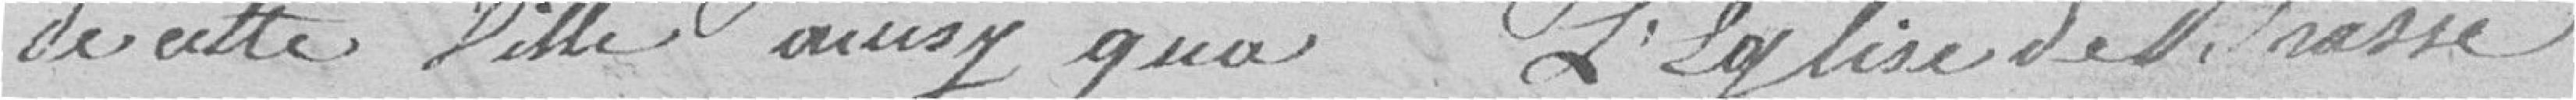
de cette ville ainsi qu'à l'église de Brasse